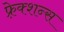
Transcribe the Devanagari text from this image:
फ़्रेक्शन्स